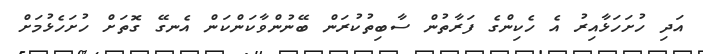
އަދި ހުށަހަޅާއިރު އެ ހެކިންގެ ފަރާތުން ސާބިތުކުރަން ބޭނުންވާކަންކަން އެނގޭ ގޮތަށް ހުށަހެޅުމަށް